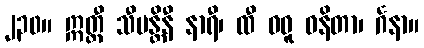
၂၃၀။ ဣတ္ထီ သီမန္တိနီ နာရီ၊ ထီ ဝဓူ ဝနိတာ၊ င်္ဂနာ။